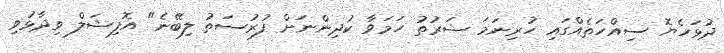
ދުޅަހެޔޮ ސިއްހަތެއްގައި ހުރިނަމަ ޝަރުތު ހަމަވާ ކުދިންނަށް ފުރުސަތު ލިބޭނެ" އޮފިޝަލް ވިދާޅުވި